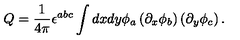
Q = \frac { 1 } { 4 \pi } \epsilon ^ { a b c } \int d x d y \phi _ { a } \left( \partial _ { x } \phi _ { b } \right) \left( \partial _ { y } \phi _ { c } \right) .